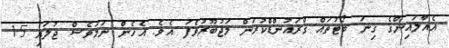
އެއާލައިންގެ ގިނަ ބޯޓުތައް ގްރައުންޑްކުރަން މަޖުބޫރުވެފަ އެވެ. އެހެން ނަމަވެސް ޖުލައި 15